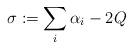
LaTeX: \begin{align*}\sigma:=\sum_i\alpha_i-2Q\end{align*}